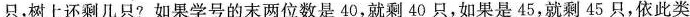
只，树上还剩几只?如果学号的末两位数是40，就剩40只，如果是45，就剩45只，依此类